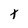
Character: T